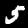
Label: 5